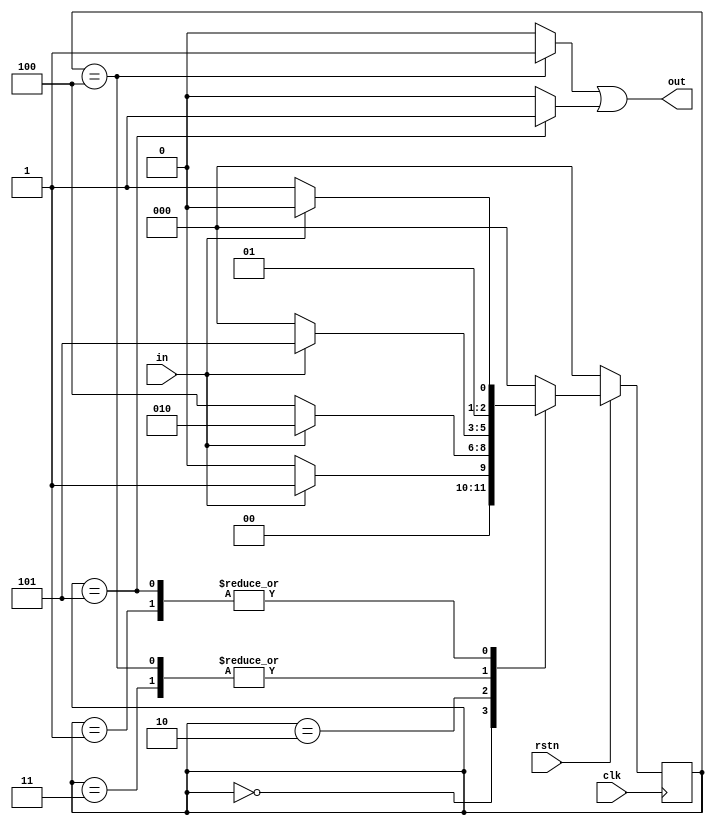
`timescale 1ns / 1ps

module seq_det_101_and_110_moore(
    input clk,
    input rstn,
    input in,
    output out
    );
	 
	 parameter s0=0, s1=1, s2=2, s3=3, s4=4, s5=5;
	 reg [2:0] CS, NS;
	 
	 assign out= (CS==s4?1:0)|(CS==s5?1:0);
	 
	 always@(posedge clk)
		if(rstn)
			CS<=NS;
		else
			CS<=s0;
			
	always@(CS, in)
		case(CS)
			s0: if(in) NS<=s1;
				 else NS<=s0;
			s1: if(in) NS<=s2;
				 else NS<=s3;
			s2: if(in) NS<=s2;
				 else NS<=s4;
			s3: if(in) NS<=s5;
				 else NS<=s0;
			s4: if(in) NS<=s5;
				 else NS<=s0;
			s5: if(in) NS<=s2;
				 else NS<=s3;
		default: NS<=s0;
		endcase	
endmodule